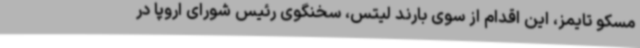
مسکو تایمز، این اقدام از سوی بارند لیتس، سخنگوی رئیس شورای اروپا در